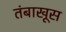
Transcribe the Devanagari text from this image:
तंबाखूस